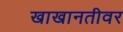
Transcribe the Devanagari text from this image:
खाखानतीवर